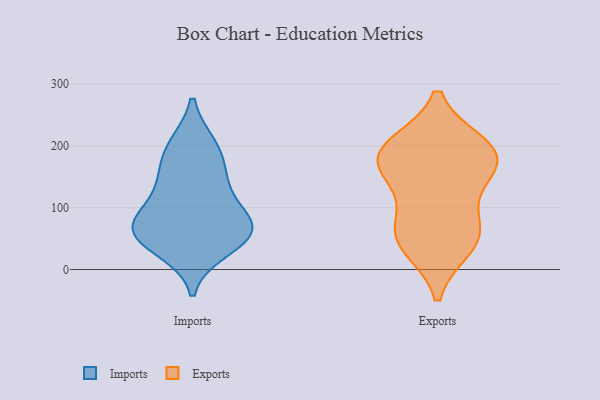
{"axis": {"x": "LTV (USD)", "y": "Value"}, "legend": ["Exports", "Imports"], "data": [{"x": "", "y": 200, "type": "Imports"}, {"x": "", "y": 102, "type": "Imports"}, {"x": "", "y": 58, "type": "Imports"}, {"x": "", "y": 34, "type": "Imports"}, {"x": "", "y": 61, "type": "Imports"}, {"x": "", "y": 148, "type": "Imports"}, {"x": "", "y": 195, "type": "Imports"}, {"x": "", "y": 75, "type": "Imports"}, {"x": "", "y": 143, "type": "Imports"}, {"x": "", "y": 62, "type": "Imports"}, {"x": "", "y": 63, "type": "Imports"}, {"x": "", "y": 147, "type": "Exports"}, {"x": "", "y": 198, "type": "Exports"}, {"x": "", "y": 165, "type": "Exports"}, {"x": "", "y": 200, "type": "Exports"}, {"x": "", "y": 49, "type": "Exports"}, {"x": "", "y": 178, "type": "Exports"}, {"x": "", "y": 82, "type": "Exports"}, {"x": "", "y": 186, "type": "Exports"}, {"x": "", "y": 38, "type": "Exports"}, {"x": "", "y": 58, "type": "Exports"}]}